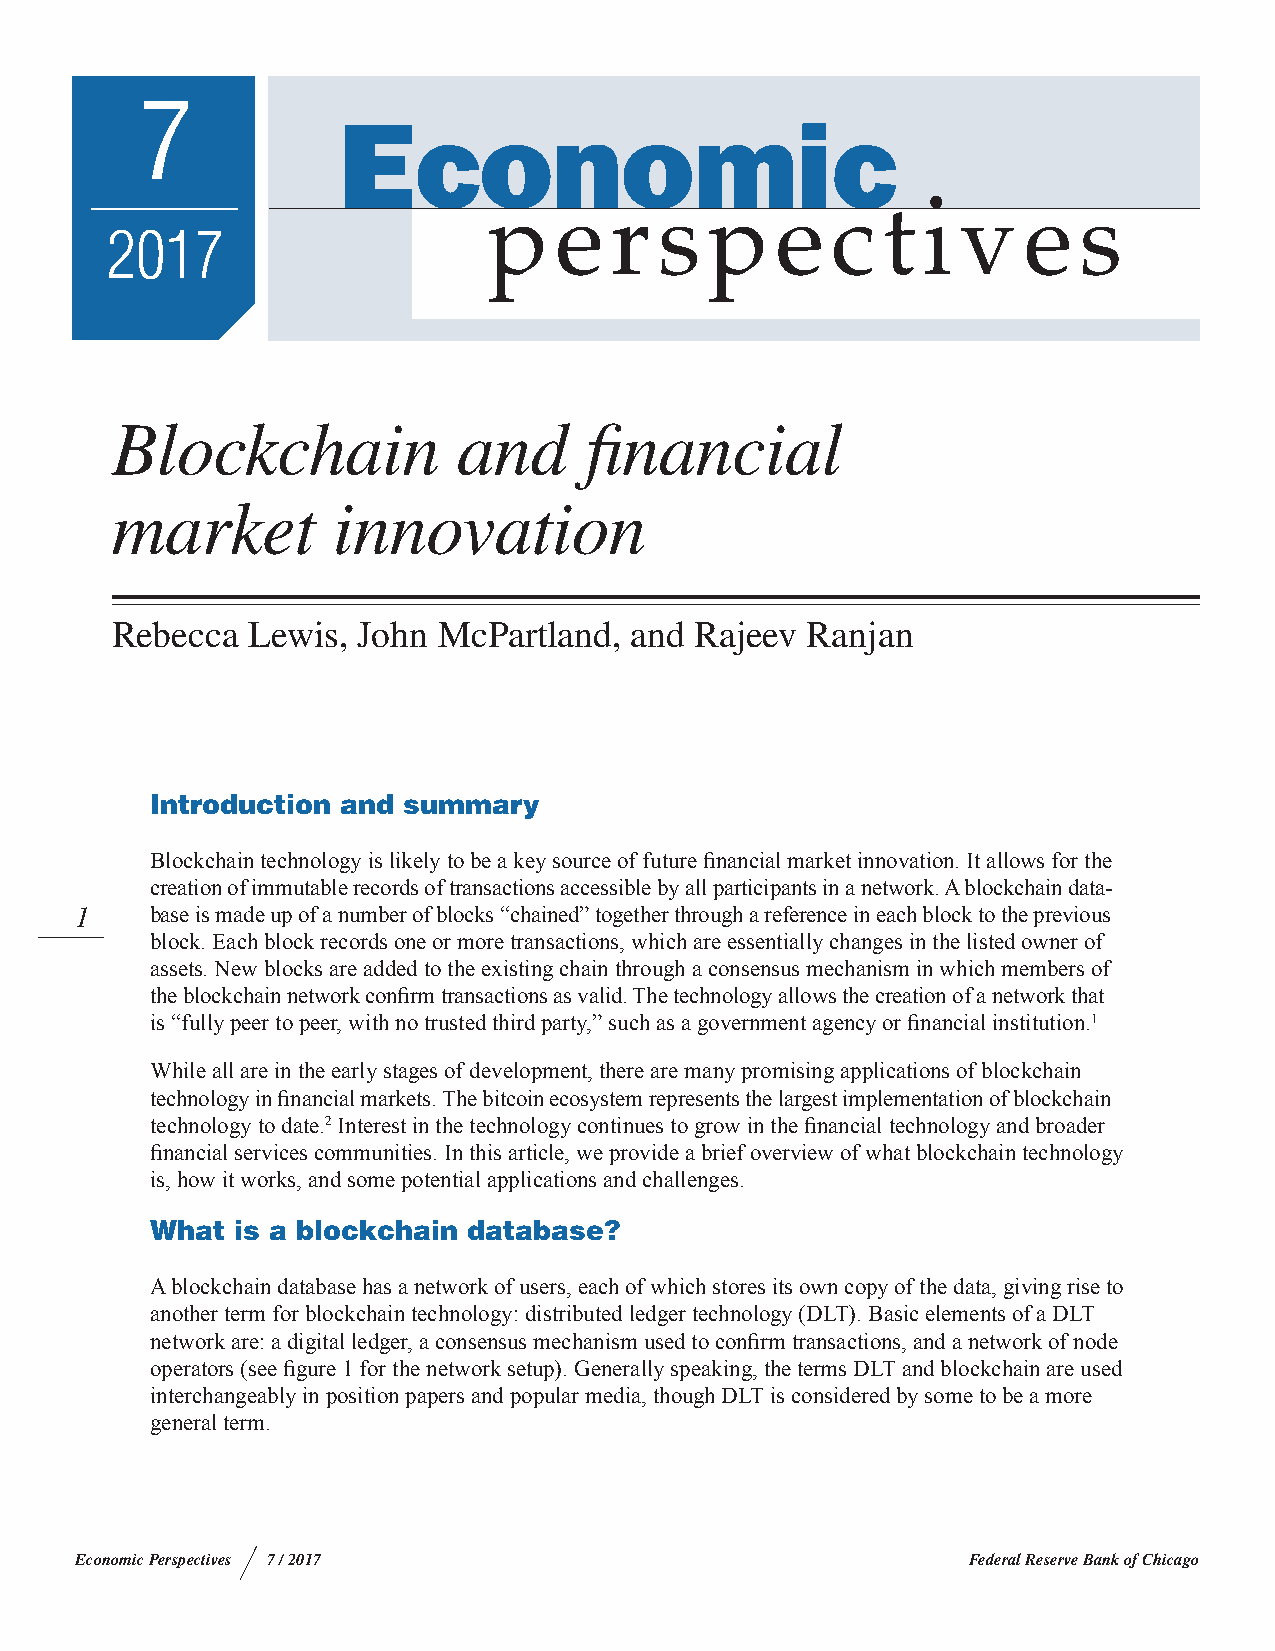
7
 2017
 Blockchain             and      financial
 market         innovation
 Rebecca  Lewis,  John McPartland,  and Rajeev Ranjan
 Introduction and summary
 Blockchain technology is likely to be a key source of future financial market innovation. It allows for the
 creation of immutable records of transactions accessible by all participants in a network. A blockchain data-
 1    base is made up of a number of blocks “chained” together through a reference in each block to the previous
 block. Each block records one or more transactions, which are essentially changes in the listed owner of
 assets. New blocks are added to the existing chain through a consensus mechanism in which members of
 the blockchain network confirm transactions as valid. The technology allows the creation of a network that
 is “fully peer to peer, with no trusted third party,” such as a government agency or financial institution.1
 While all are in the early stages of development, there are many promising applications of blockchain
 technology in financial markets. The bitcoin ecosystem represents the largest implementation of blockchain
 technology to date.2 Interest in the technology continues to grow in the financial technology and broader
 financial services communities. In this article, we provide a brief overview of what blockchain technology
 is, how it works, and some potential applications and challenges.
 What  is a blockchain database?
 A blockchain database has a network of users, each of which stores its own copy of the data, giving rise to
 another term for blockchain technology: distributed ledger technology (DLT). Basic elements of a DLT
 network are: a digital ledger, a consensus mechanism used to confirm transactions, and a network of node
 operators (see figure 1 for the network setup). Generally speaking, the terms DLT and blockchain are used
 interchangeably in position papers and popular media, though DLT is considered by some to be a more
 general term.
 Economic Perspectives 7 / 2017                             Federal Reserve Bank of Chicago